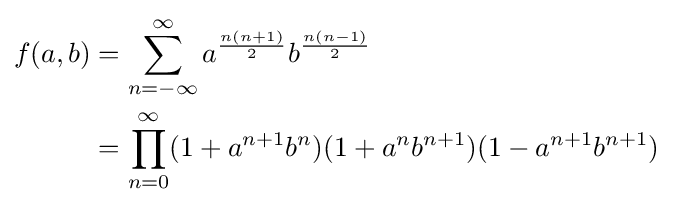
{\begin{aligned}f(a,b)&=\sum _{n=-\infty }^{\infty }a^{\frac {n(n+1)}{2}}b^{\frac {n(n-1)}{2}}\\&=\prod _{n=0}^{\infty }(1+a^{n+1}b^{n})(1+a^{n}b^{n+1})(1-a^{n+1}b^{n+1})\end{aligned}}